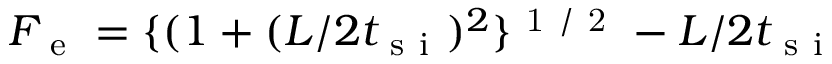
F _ { \mathrm { ~ e ~ } } = \{ ( 1 + ( L / 2 t _ { \mathrm { ~ s ~ i ~ } } ) ^ { 2 } \} ^ { \mathrm { ~ 1 ~ / ~ 2 ~ } } - L / 2 t _ { \mathrm { ~ s ~ i ~ } }